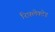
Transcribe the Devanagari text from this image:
रिफ़्लेक्टेड